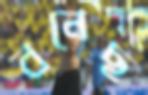
বনেছ